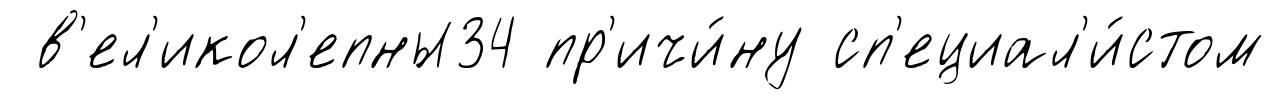
в'ел'икол'епны34 пр'ичи́ну сп'ециал'и́стом